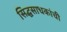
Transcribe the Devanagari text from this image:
सिद्धसाधकांची